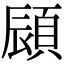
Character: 䫃